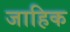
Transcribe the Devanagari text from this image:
जाहिक